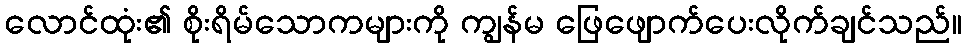
လောင်ထုံး၏ စိုးရိမ်သောကများကို ကျွန်မ ဖြေဖျောက်ပေးလိုက်ချင်သည်။